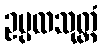
ဥပ္ပထသုတ္တံ